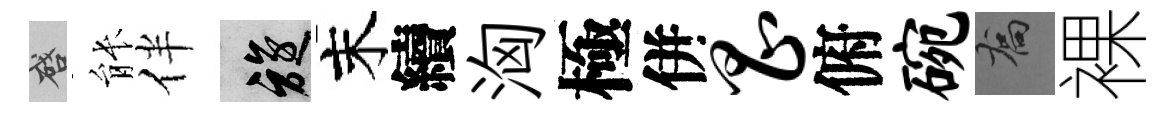
啓䏻伴旋末續洶極併昌俯碗喬裸